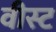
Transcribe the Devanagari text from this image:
वीस्ट